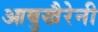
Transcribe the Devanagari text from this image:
आबुखैरेनी